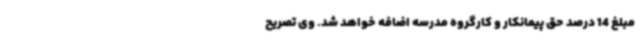
مبلغ 14 درصد حق پیمانکار و کارگروه مدرسه اضافه خواهد شد. وی تصریح